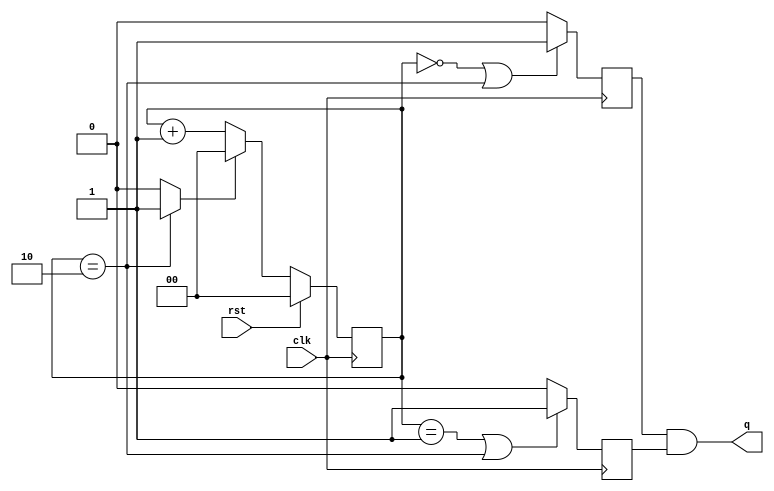
module divide_by_onepointfive_counter(clk,rst,q);

	input clk,rst;
	output q;

	reg [1:0] count;
	reg c1,c2;

	assign w=(count==2'd2)?1'b1:1'b0;

	always@(posedge clk)
	begin
		if(rst)
			count<=0;
		else
		begin
			if(w)
				count<=0;
			else
				count<=count+1'b1;
		end
	end

	always@(posedge clk)
	begin
		if(count==0 || count==2)
			c1<=1'b1;
		else
			c1<=1'b0;
	end

	always@(negedge clk)
	begin
		if(count==1 || count==2)
			c2<=1'b1;
		else
			c2<=1'b0;
	end

	assign q= c1 & c2;

endmodule